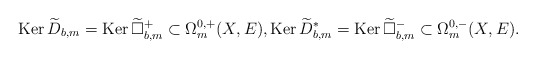
\begin{align*} \mathrm{Ker\,}\widetilde D_{b,m}=\mathrm{Ker\,}\widetilde{\Box}^+_{b,m}\subset\Omega^{0,+}_m(X,E), \mathrm{Ker\,}\widetilde D^*_{b,m}=\mathrm{Ker\,}\widetilde{\Box}^-_{b,m}\subset\Omega^{0,-}_m(X,E).\end{align*}